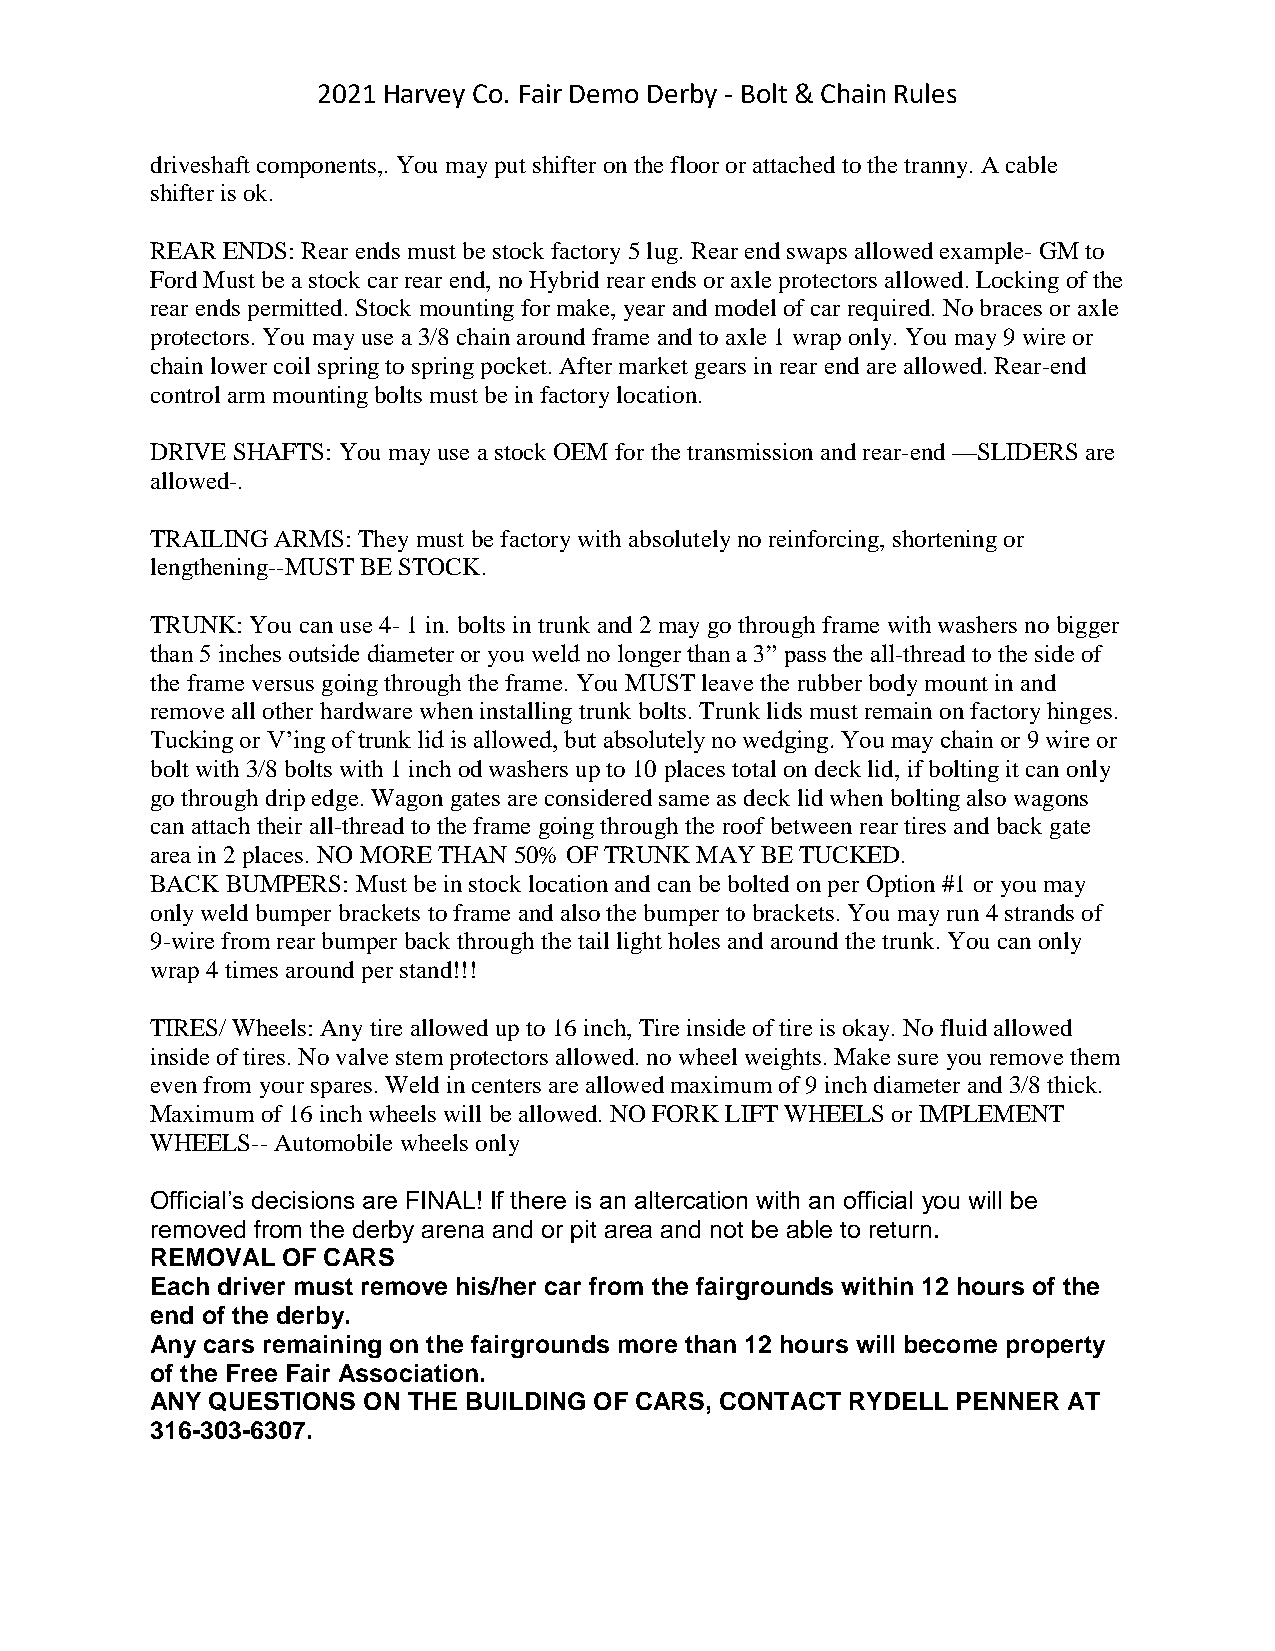
2021 Harvey Co. Fair Demo Derby - Bolt & Chain Rules
 driveshaft components,. You may put shifter on the floor or attached to the tranny. A cable
 shifter is ok.
 REAR ENDS: Rear ends must be stock factory 5 lug. Rear end swaps allowed example- GM to
 Ford Must be a stock car rear end, no Hybrid rear ends or axle protectors allowed. Locking of the
 rear ends permitted. Stock mounting for make, year and model of car required. No braces or axle
 protectors. You may use a 3/8 chain around frame and to axle 1 wrap only. You may 9 wire or
 chain lower coil spring to spring pocket. After market gears in rear end are allowed. Rear-end
 control arm mounting bolts must be in factory location.
 DRIVE SHAFTS: You may use a stock OEM for the transmission and rear-end —SLIDERS are
 allowed-.
 TRAILING ARMS: They must be factory with absolutely no reinforcing, shortening or
 lengthening--MUST BE STOCK.
 TRUNK: You can use 4- 1 in. bolts in trunk and 2 may go through frame with washers no bigger
 than 5 inches outside diameter or you weld no longer than a 3” pass the all-thread to the side of
 the frame versus going through the frame. You MUST leave the rubber body mount in and
 remove all other hardware when installing trunk bolts. Trunk lids must remain on factory hinges.
 Tucking or V’ing of trunk lid is allowed, but absolutely no wedging. You may chain or 9 wire or
 bolt with 3/8 bolts with 1 inch od washers up to 10 places total on deck lid, if bolting it can only
 go through drip edge. Wagon gates are considered same as deck lid when bolting also wagons
 can attach their all-thread to the frame going through the roof between rear tires and back gate
 area in 2 places. NO MORE THAN 50% OF TRUNK MAY BE TUCKED.
 BACK BUMPERS: Must be in stock location and can be bolted on per Option #1 or you may
 only weld bumper brackets to frame and also the bumper to brackets. You may run 4 strands of
 9-wire from rear bumper back through the tail light holes and around the trunk. You can only
 wrap 4 times around per stand!!!
 TIRES/ Wheels: Any tire allowed up to 16 inch, Tire inside of tire is okay. No fluid allowed
 inside of tires. No valve stem protectors allowed. no wheel weights. Make sure you remove them
 even from your spares. Weld in centers are allowed maximum of 9 inch diameter and 3/8 thick.
 Maximum of 16 inch wheels will be allowed. NO FORK LIFT WHEELS or IMPLEMENT
 WHEELS-- Automobile wheels only
 Official’s decisions are FINAL! If there is an altercation with an official you will be
 removed from the derby arena and or pit area and not be able to return.
 REMOVAL  OF CARS
 Each driver must remove his/her car from the fairgrounds within 12 hours of the
 end of the derby.
 Any cars remaining on the fairgrounds more than 12 hours will become property
 of the Free Fair Association.
 ANY QUESTIONS ON THE BUILDING OF CARS, CONTACT RYDELL PENNER AT
 316-303-6307.